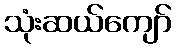
သုံးဆယ်ကျော်